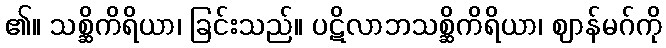
၏။ သစ္ဆိကိရိယာ၊ ခြင်းသည်။ ပဋိလာဘသစ္ဆိကိရိယာ၊ ဈာန်မဂ်ကို